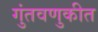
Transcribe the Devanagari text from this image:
गुंतवणुकीत